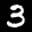
Label: 3